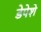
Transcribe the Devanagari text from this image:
डेपेशे